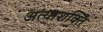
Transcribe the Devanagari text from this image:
अत्याशक्ति